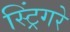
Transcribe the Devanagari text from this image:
स्ट्रिंगरे